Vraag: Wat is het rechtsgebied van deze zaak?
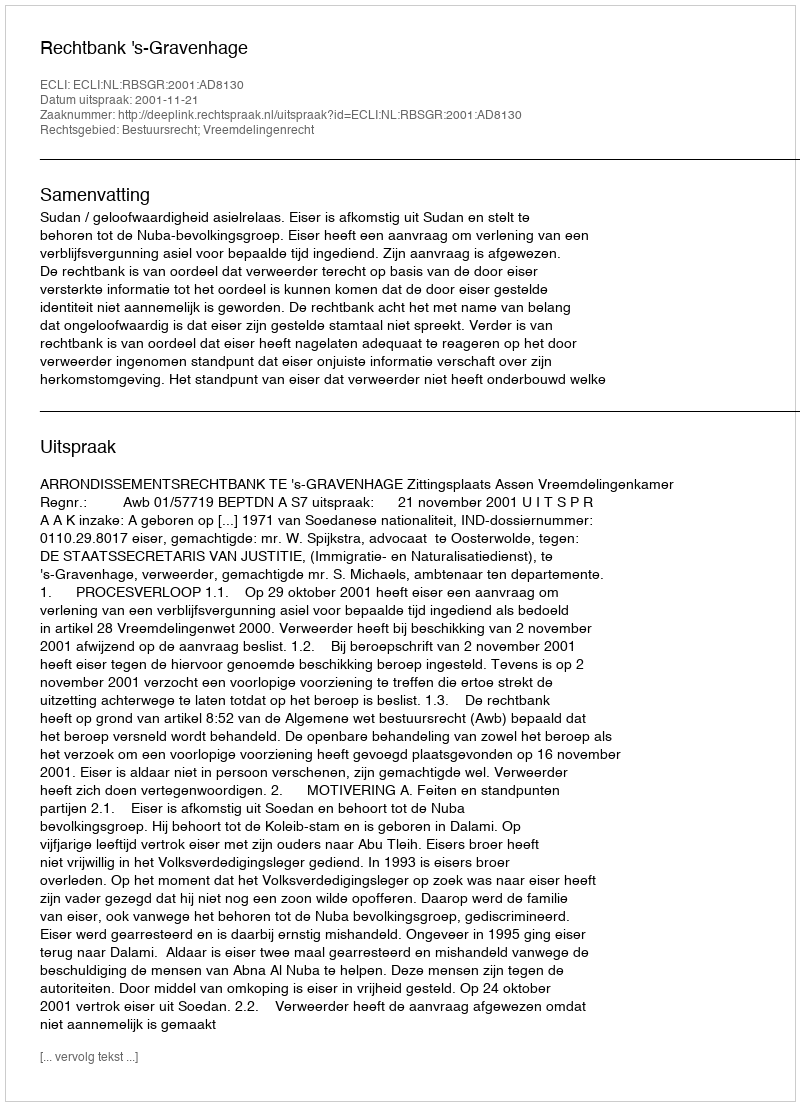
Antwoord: Bestuursrecht; Vreemdelingenrecht